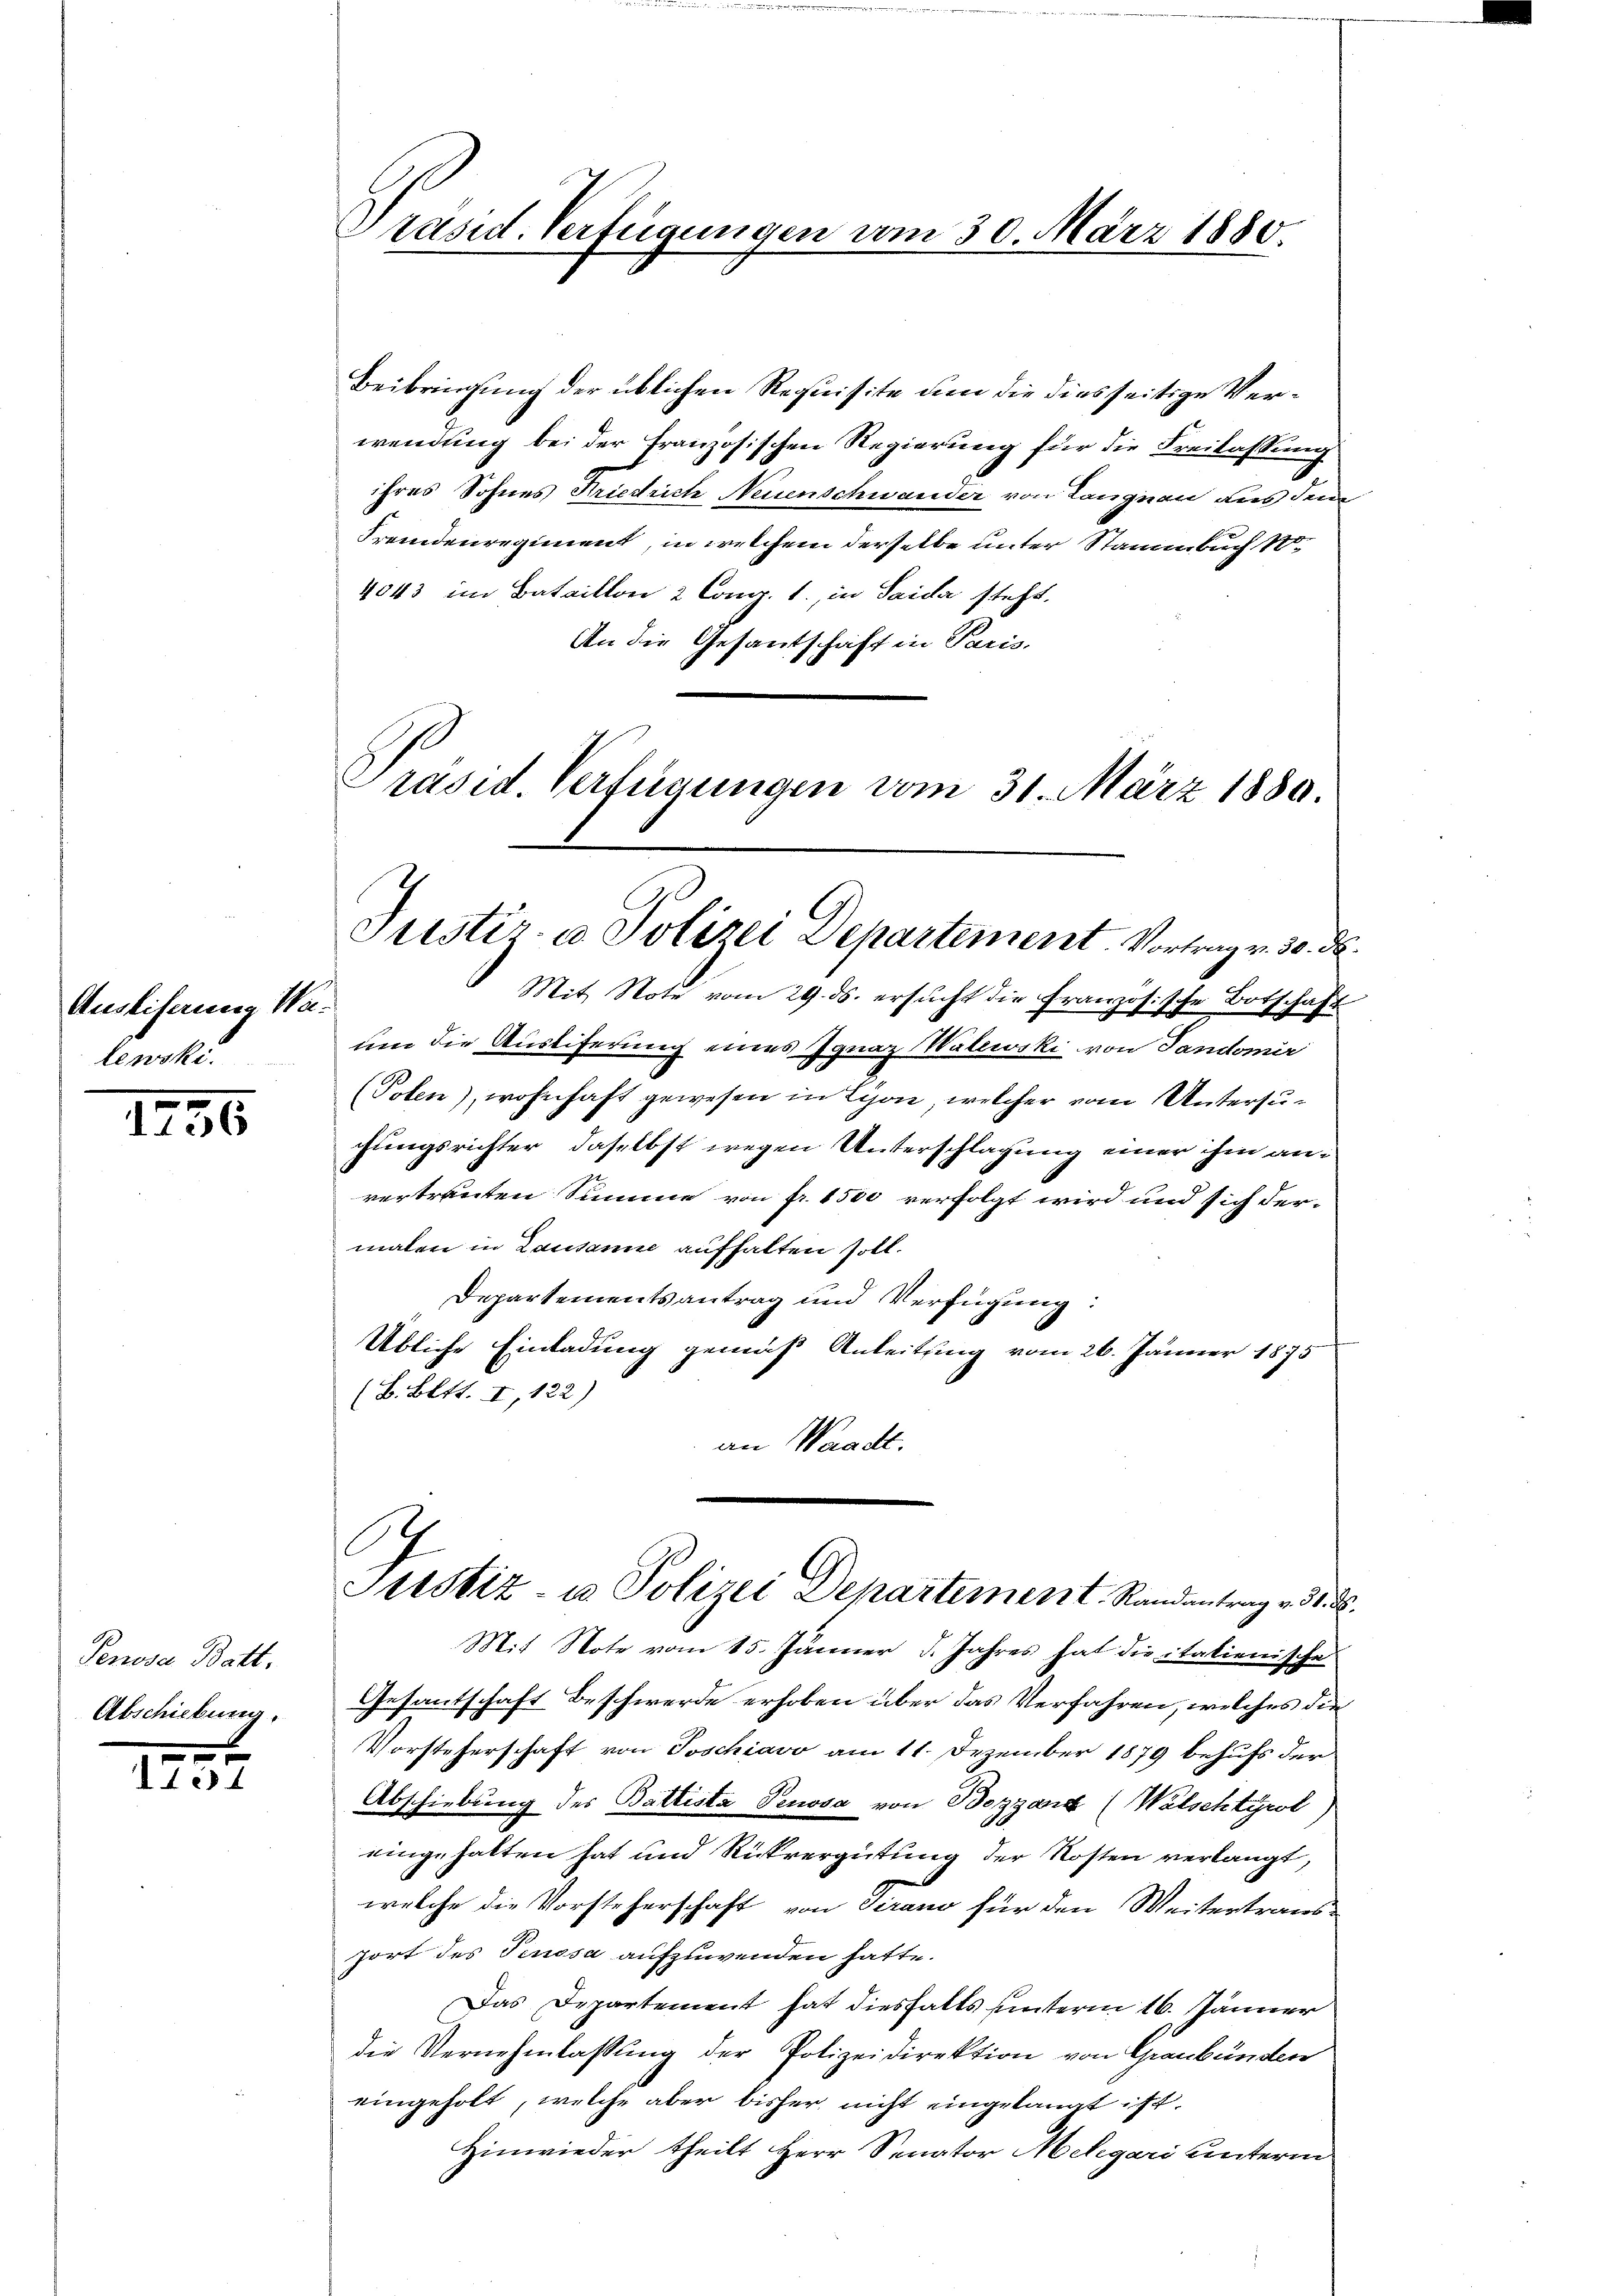
Ausliterung Walewski

1756

Penosa Batt.
Abschiebung.

1231

Präsid. Verfügungen vom 30. März 1880.

Beibringung der üblichen Requisite um die diesseitige Verwendung bei der französischen Regierung für die Freilassung
ihres Sohnes Friedrich Neuenschwander von Langnau aus dem
Fremdenregiment, in welchem derselbe unter Stammbuch 1.
4043 im Bataillon 2 Cong. 1., in Saida steht.
An die Gesantschaft in Paris.
Mit Note vom 29. ds. ersucht die Franz
zösische Botschaft
um die Auslieferung eines Ignaz Walewski von Tandomir
(Polen), wohnhaft gewesen in Lyon, welcher vom Untersuchungsrichter, daselbst wegen Unterschlagung einer ihm anvertrauten Summe von fr. 1500 verfolgt wird und sich der-
malen in Lausanne aufhalten soll.
Departementsantrag und Verfügung:
Übliche Einladung gemäß Anleitung vom 26. Jänner 1875
(B. Bett. I, 122.
an Waadt.
Justiz- u Polizei Departement Randantrag . . .
Mit Note vom 15. Jänner 5. Jahres hat die italienische
Gesantschaft Beschwerde erhoben über das Verfahren, welches die
Vorsteherschaft von Toschiavo am 11. Dezember 1879 behufs der
Abschiebung des Battista Peuosa von Bozzan (Walschtyrol)
eingehalten hat und Rückvergütung der Kosten verlangt,
welche die Vorsteherschaft von Girano für den Weitertrausport des Tinosa aufzuwenden hatte.
Das Departement hat diesfalls unterm 16. Jänner
die Vernehmlassŭng der Polizeidirektion von Graubünden
eingeholt, welche aber bisher nicht eingelangt ist,
Hinwieder theilt Herr Senator Melegari unterm

rasid. Verfügungen vom 31. März 1880.
Justiz- & Polizei Departement Vortrag v. 30. d.